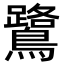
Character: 鷺